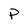
Character: P